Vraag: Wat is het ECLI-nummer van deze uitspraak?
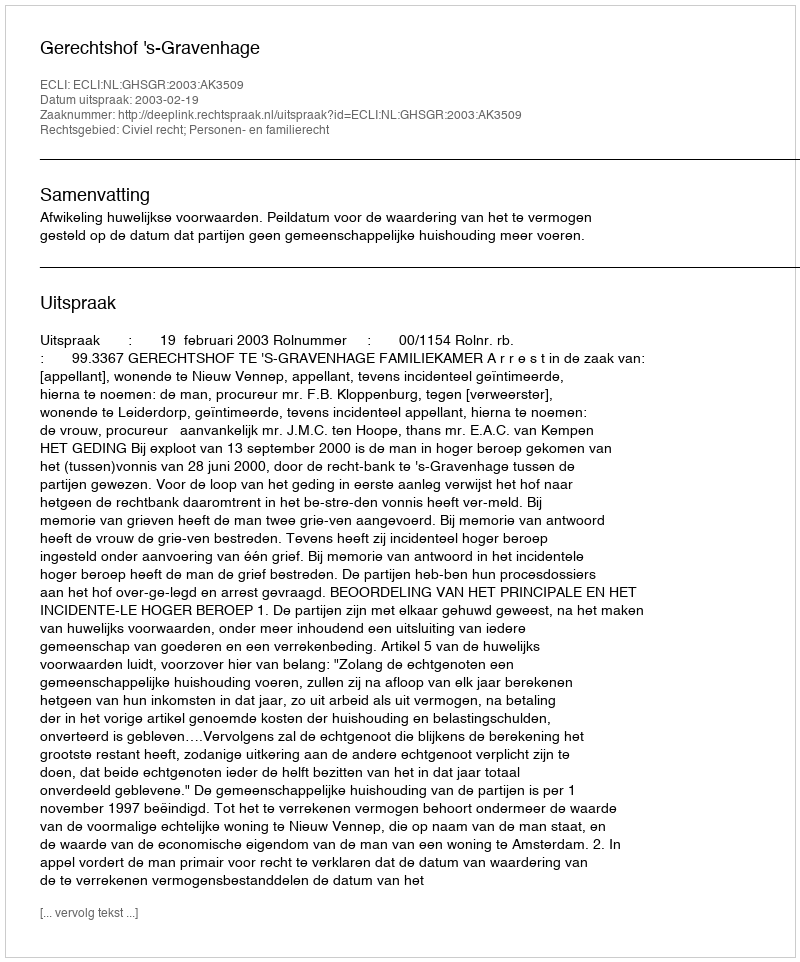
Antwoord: ECLI:NL:GHSGR:2003:AK3509